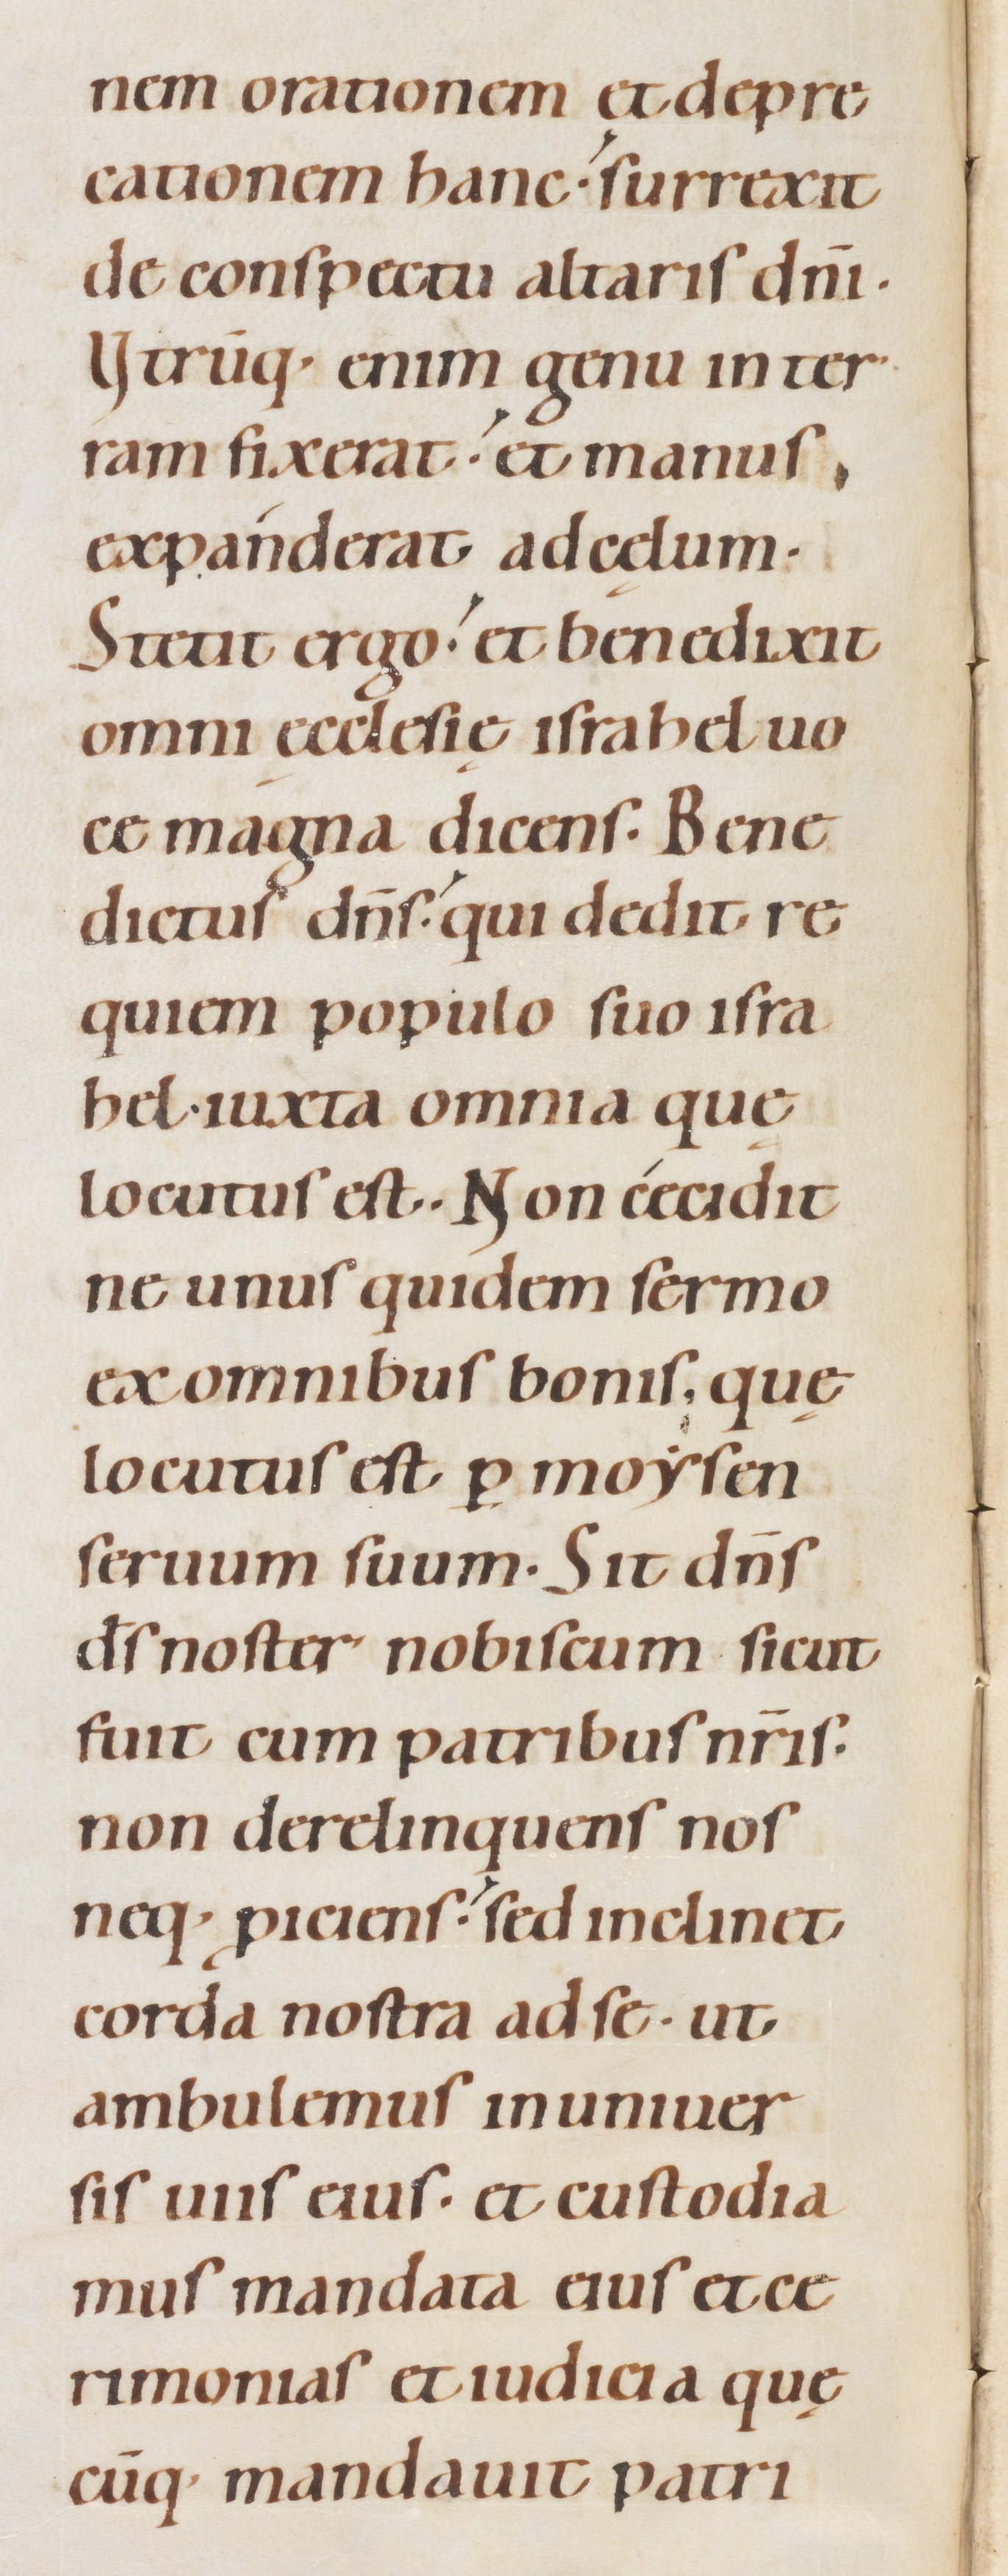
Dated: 1080–1096